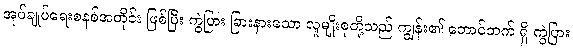
အုပ်ချုပ်ရေးစနစ်အတိုင်း ဖြစ်ပြီး ကွဲပြား ခြားနားသော လူမျိုးစုတို့သည် ကျွန်း၏ တောင်ဘက် ရှိ ကွဲပြား